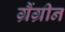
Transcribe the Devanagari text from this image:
ग्रैंग्रीन